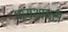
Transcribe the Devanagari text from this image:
पायथायस